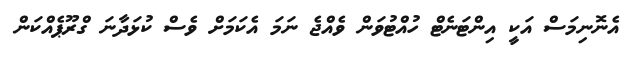
އެނޮނިމަސް އަކީ އިންޓަނެޓް ހުއްޓުވަން ވެއްޖެ ނަމަ އެކަމަށް ވެސް ކުޅަދާނަ ގްރޫޕެއްކަން